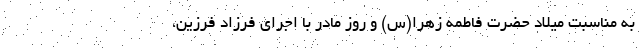
به مناسبت میلاد حضرت فاطمه زهرا(س) و روز مادر با اجرای فرزاد فرزین،